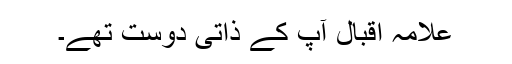
علامہ اقبال آپ کے ذاتی دوست تھے۔